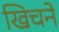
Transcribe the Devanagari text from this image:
खिचनें